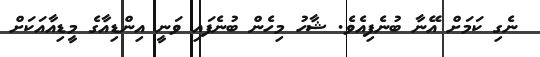
ނެގި ކަމަށް އޭނާ ބުނެފިއެވެ. ޝާހު މިހެން ބުނެފައި ވަނީ އިންޑިއާގެ މީޑިއާއަކަށް